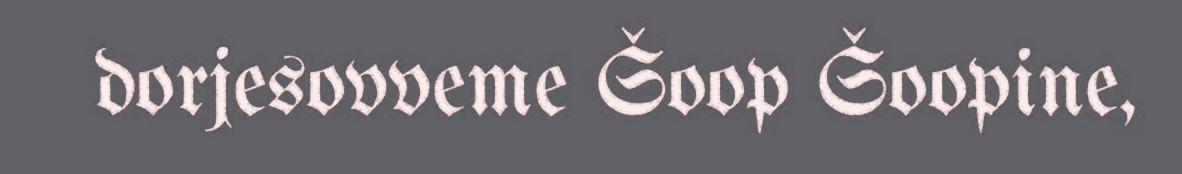
dorjesovveme Šoop Šoopine,